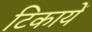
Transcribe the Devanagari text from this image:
टिकायें